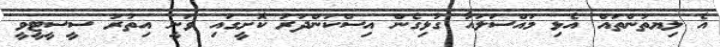
އެ ލިޔތުންތައް އެޅި މައްސަލައާ ގުޅިގެން އިސްކަންދަރު ކޮަށީގައި ވަނީ އިތުރު ސީސީޓީވީ